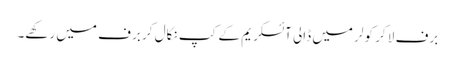
برف لا کر کولر میں ڈالی آئسکریم کے کپ نکال کر برف میں رکھے۔